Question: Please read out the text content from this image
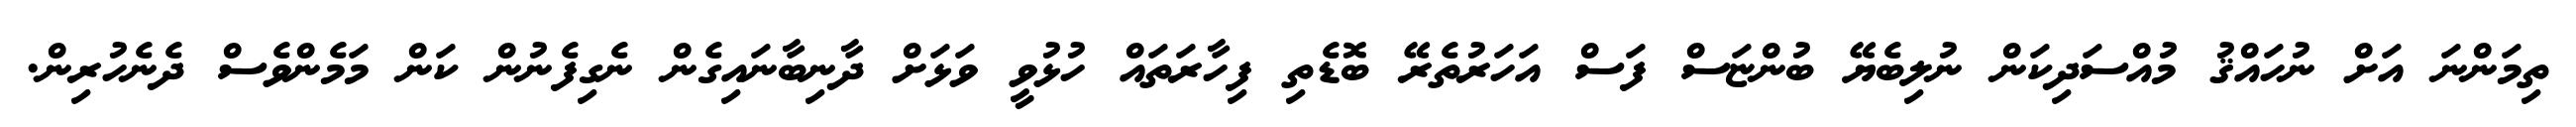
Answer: ތިމަންނަ އަށް ނުހައްޤު މުއްސަދިކަން ނުލިބެޔޭ ބުންޏަސް ފަސް އަހަރުތެރޭ ބޮޑެތި ފިހާރަތައް ހުޅުވީ ވަޅަށް ދާނިބާނައިގެން ނެގިފެނުން ކަން މަމެންވެސް ދެނެހުރިން.